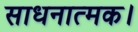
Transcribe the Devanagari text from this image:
साधनात्मक।